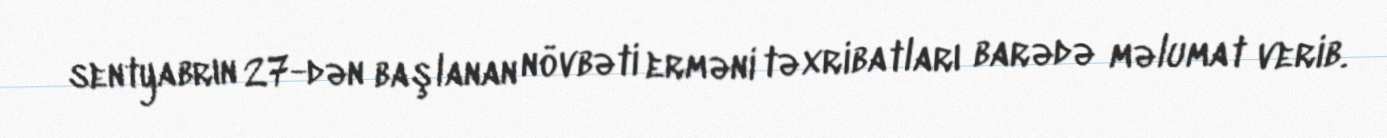
sentyabrın 27-dən başlanan növbəti erməni təxribatları barədə məlumat verib.